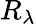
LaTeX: R_{\lambda}